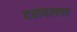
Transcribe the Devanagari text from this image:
दसपल्ला